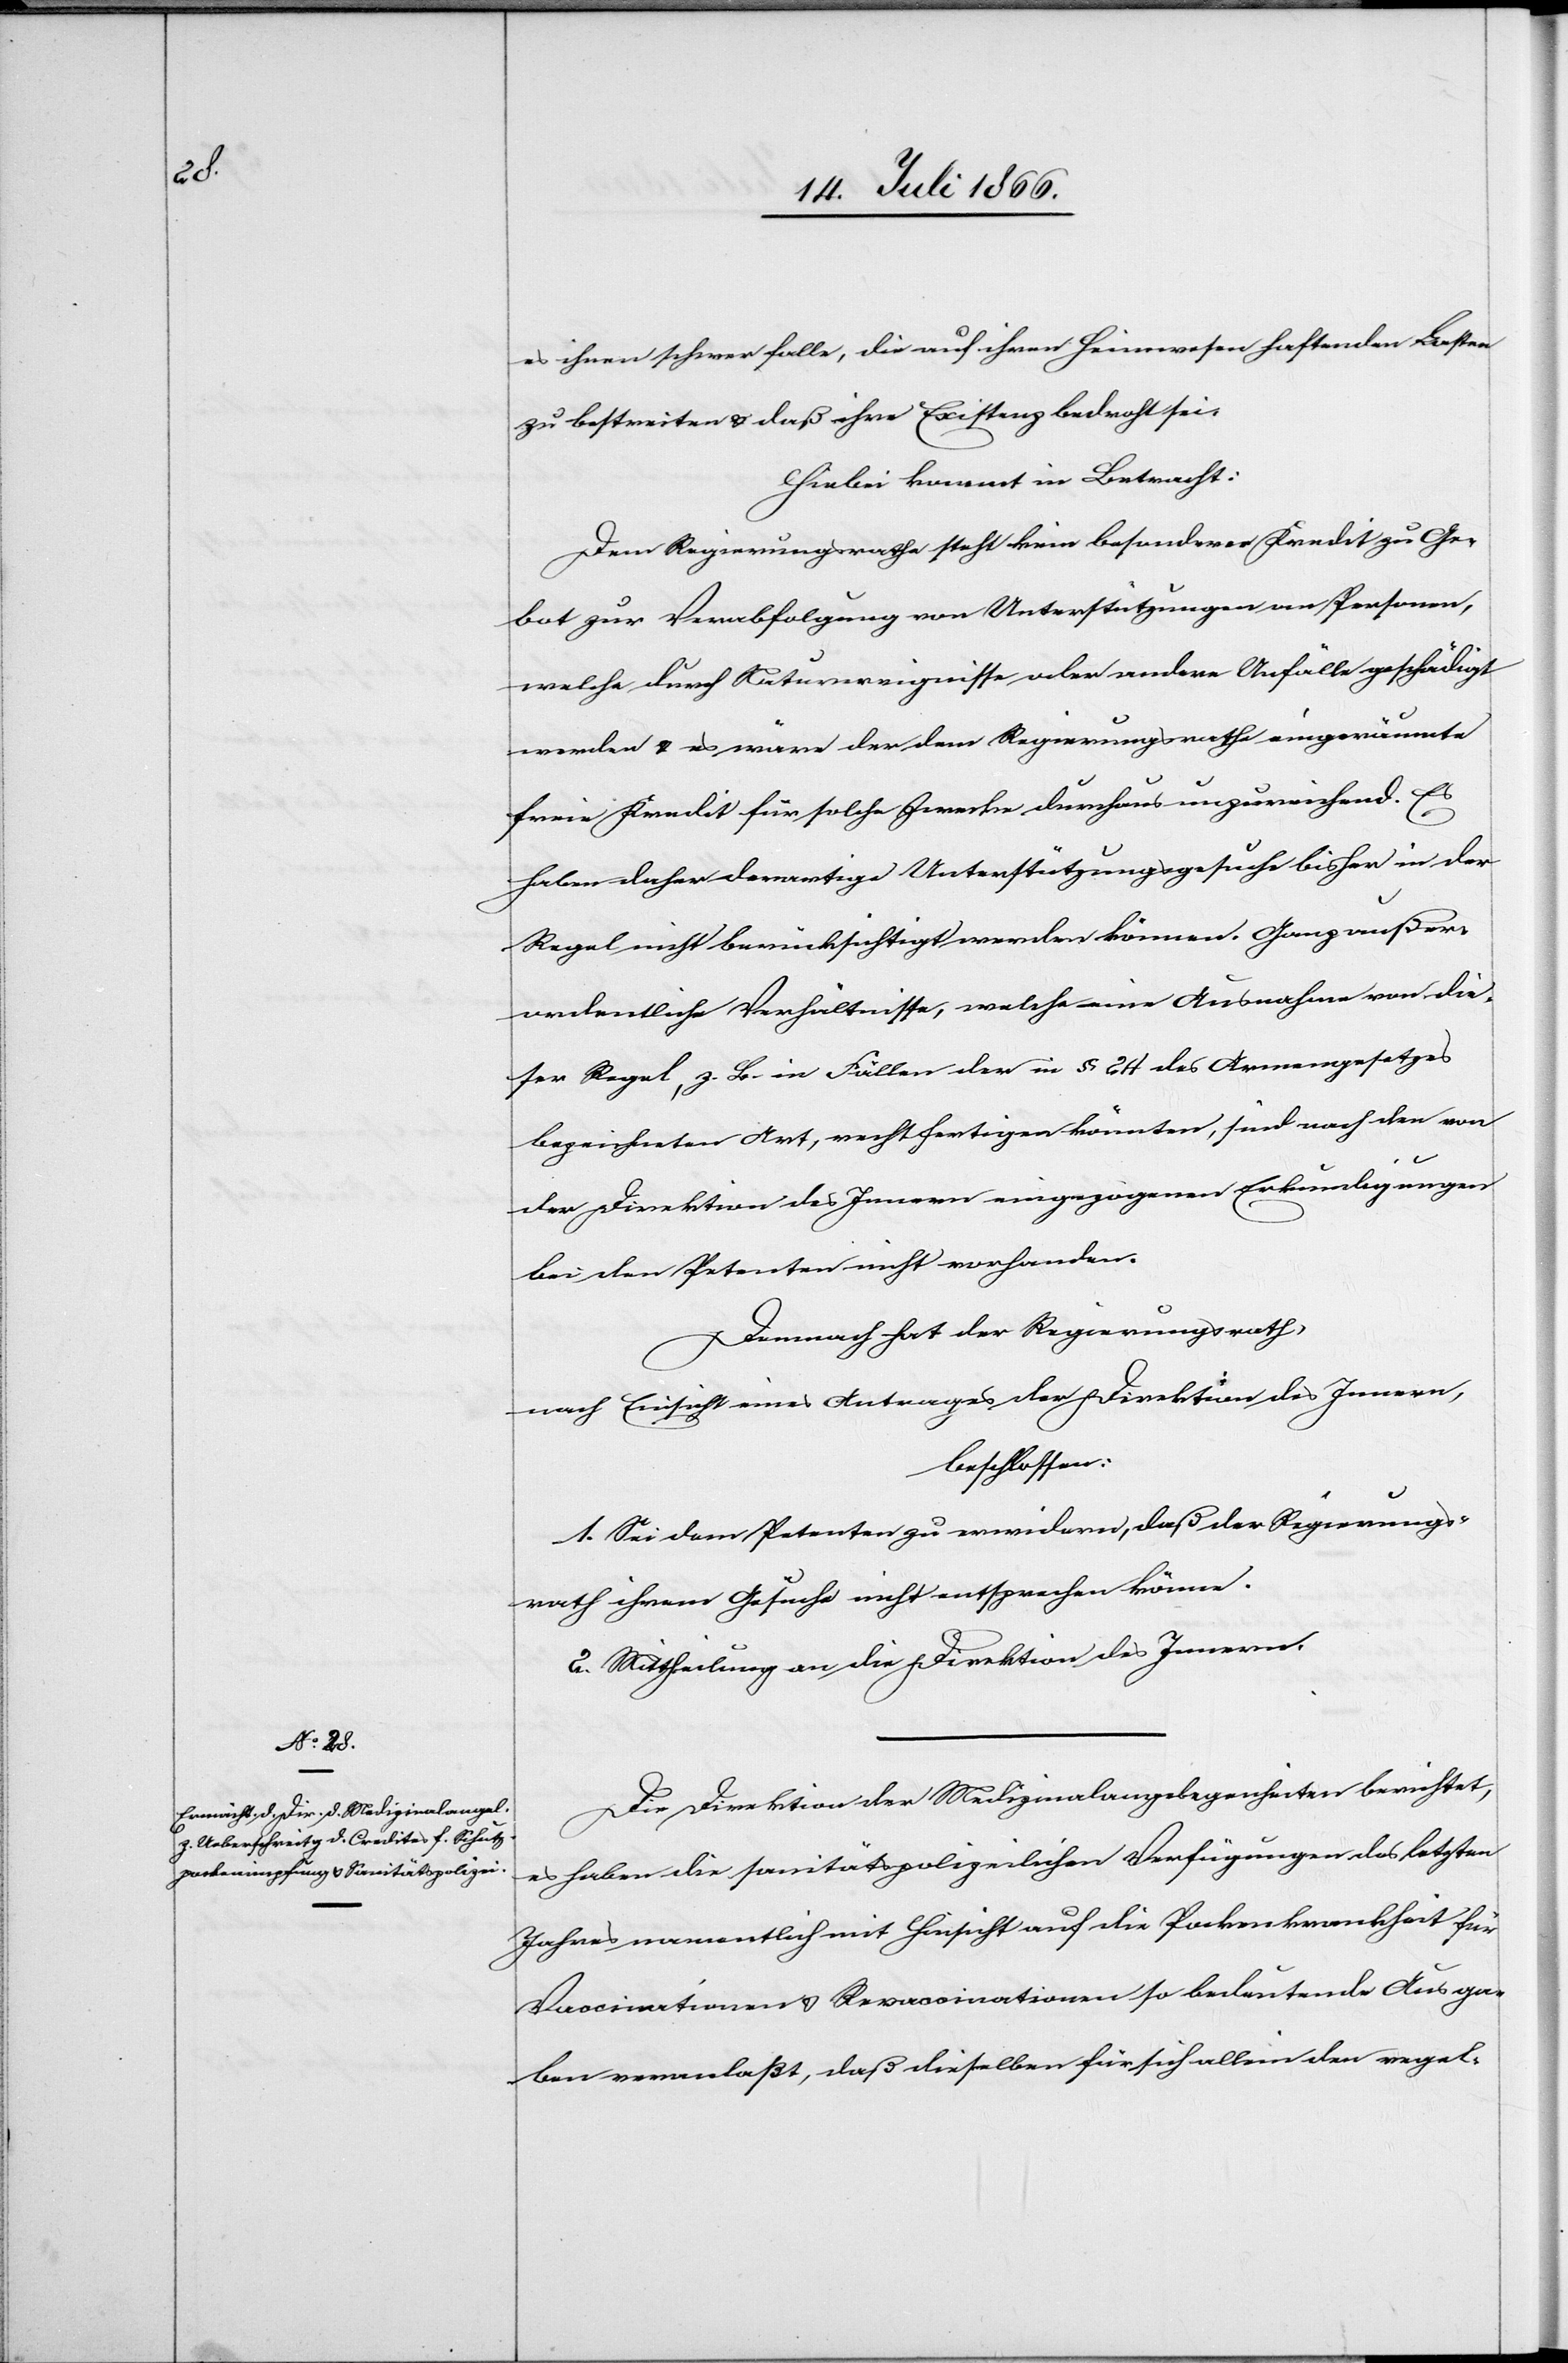
es ihnen schwer falle, die auf ihren Heimwesen haftenden Lasten
zu bestreiten u. daß ihre Existenz bedroht sei.
Hiebei kommt in Betracht:
Dem Regierungsrathe steht kein besonderer Kredit zu Ge¬
bot zur Verabfolgung von Unterstützungen an Personen,
welche durch Naturereignisse oder andere Unfälle geschädigt
werden u. es wäre der dem Regierungsrathe eingeräumte
freie Kredit für solche Zwecke durchaus unzureichend. Es
haben daher derartige Unterstützungsgesuche bisher in der
Regel nicht berücksichtigt werden können. Ganz außer¬
ordentliche Verhältnisse, welche eine Ausnahme von die¬
ser Regel, z. B. in Fällen der im § 24 des Armengesetzes
bezeichneten Art, rechtfertigen könnten, sind nach den von
der Direktion des Innern eingezogenen Erkundigungen
bei den Petenten nicht vorhanden.
Demnach hat der Regierungsrath,
nach Einsicht eines Antrages der Direktion des Innern,
beschlossen:
1. Sei den Petenten zu erwiedern, daß der Regierungs¬
rath ihrem Gesuche nicht entsprechen könne.
2. Mittheilung an die Direktion des Innern.
Die Direktion der Medizinalangelegenheiten berichtet,
es haben die sanitätspolizeilichen Verfügungen des letzten
Jahres namentlich mit Hinsicht auf die Pockenkrankheit für
Vaccinationen u. Revaccinationen so bedeutende Ausga¬
ben veranlaßt, daß dieselben für sich allein den regel-